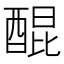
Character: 醌